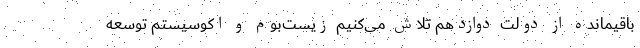
باقیمانده از دولت دوازدهم تلاش می‌کنیم زیست‌بوم و اکوسیستم توسعه